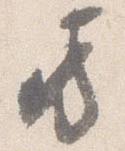
方